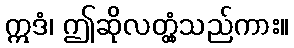
ဣဒံ၊ ဤဆိုလတ္တံ့သည်ကား။